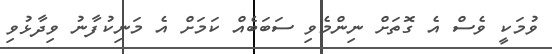
ވުމަކީ ވެސް އެ ގޮތަށް ނިންމެވި ސަބަބެއް ކަމަށް އެ މަނިކުފާނު ވިދާޅުވި